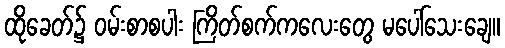
ထိုခေတ်၌ ဝမ်းစာစပါး ကြိတ်စက်ကလေးတွေ မပေါ်သေးချေ။